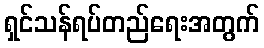
ရှင်သန်ရပ်တည်ရေးအတွက်